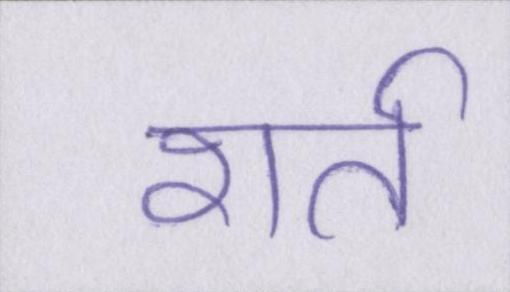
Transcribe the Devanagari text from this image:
शर्त